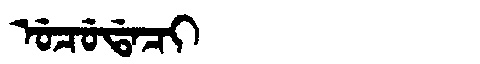
Manchu: ᡠᠴᡠᡩᠠᠴᡳ
Romanization: UCUDACI